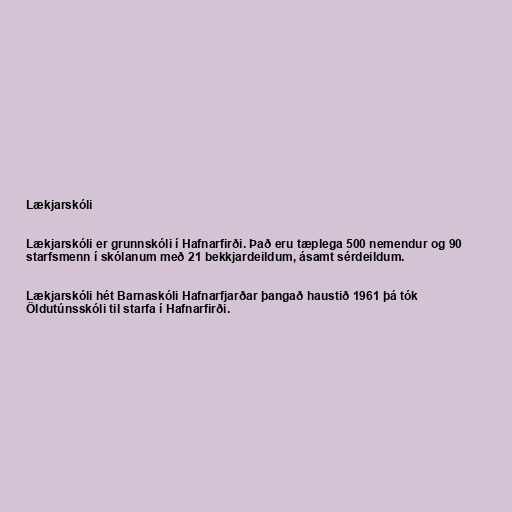
Lækjarskóli

Lækjarskóli er grunnskóli í Hafnarfirði. Það eru tæplega 500 nemendur og 90
starfsmenn í skólanum með 21 bekkjardeildum, ásamt sérdeildum.

Lækjarskóli hét Barnaskóli Hafnarfjarðar þangað haustið 1961 þá tók
Öldutúnsskóli til starfa í Hafnarfirði.